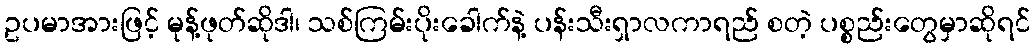
ဥပမာအားဖြင့် မုန့်ဖုတ်ဆိုဒါ၊ သစ်ကြမ်းပိုးခေါက်နဲ့ ပန်းသီးရှာလကာရည် စတဲ့ ပစ္စည်းတွေမှာဆိုရင်